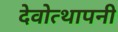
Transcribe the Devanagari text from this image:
देवोत्थापनी